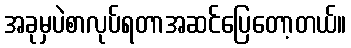
အခုမှပဲစာလုပ်ရတာအဆင်ပြေတော့တယ်။